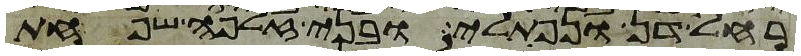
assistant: רחל דן ונפתלי ובני זלפה שפחת